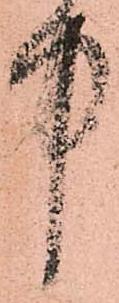
中